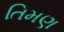
તિમણ